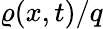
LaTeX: \varrho({x},t)/q